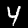
Digit: 4